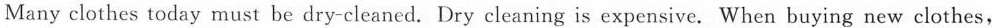
Many clothes today must be dry-cleaned. Dry cleaning is expensive. When buying new clothes,